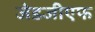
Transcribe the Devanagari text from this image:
जेडजीएफ